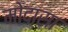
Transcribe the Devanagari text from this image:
मोदासा